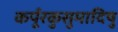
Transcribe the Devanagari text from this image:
कर्पूरकुसुमादिषु